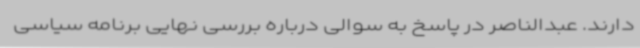
دارند. عبدالناصر در پاسخ به سوالی درباره بررسی نهایی برنامه سیاسی